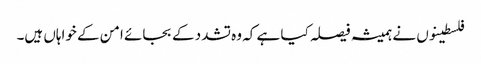
فلسطینوں نے ہمیشہ فیصلہ کیا ہے کہ وہ تشدد کے بجائے امن کے خواہاں ہیں۔